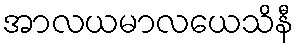
အာလယမာလယေသိနီ